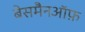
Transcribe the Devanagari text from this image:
बेसमैनऑफ़